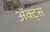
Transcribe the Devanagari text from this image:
ॲक्ट्स